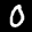
Label: 0